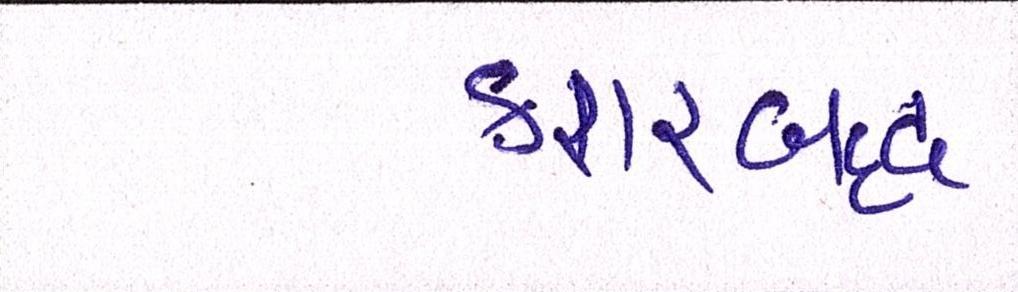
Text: કરારબદ્ધ